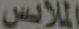
الملابس